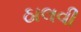
ઠાલવી